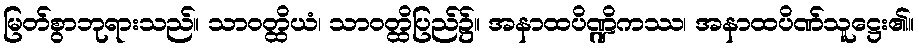
မြတ်စွာဘုရားသည်။ သာဝတ္ထိယံ၊ သာဝတ္ထိပြည်၌။ အနာထပိဏ္ဍိကဿ၊ အနာထပိဏ်သူဋ္ဌေး၏။